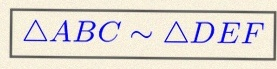
\triangle ABC\sim\triangle DEF